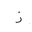
Letter: _zay